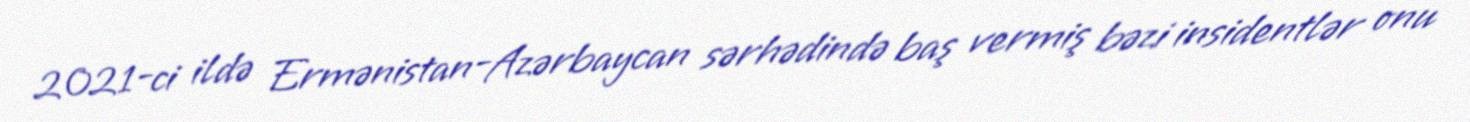
2021-ci ildə Ermənistan-Azərbaycan sərhədində baş vermiş bəzi insidentlər onu